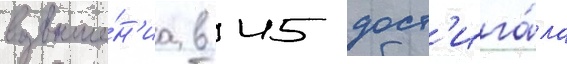
возвыше́н'иа в 45 дост'ига́ла